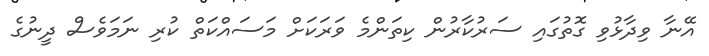
އޭނާ ވިދާޅުވި ގޮތުގައި ސަރުކާރުން ކިތަންމެ ވަރަކަށް މަސައްކަތް ކުރި ނަމަވެސް ދީނުގެ